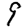
Digit: 9